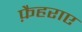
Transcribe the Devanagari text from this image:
फ़ैहराए